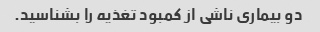
دو بیماری ناشی از کمبود تغذیه را بشناسید.